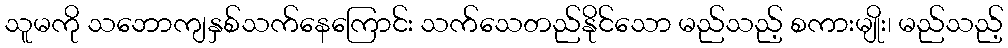
သူမကို သဘောကျနှစ်သက်နေကြောင်း သက်သေတည်နိုင်သော မည်သည့် စကားမျိုး၊ မည်သည့်